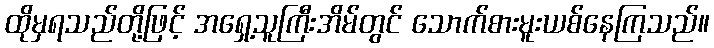
ထိုမှရသည်တို့ဖြင့် အရှေ့သူကြီးအိမ်တွင် သောက်စားမူးယစ်နေကြသည်။